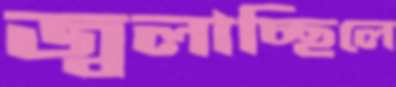
জ্বলাচ্ছিলে